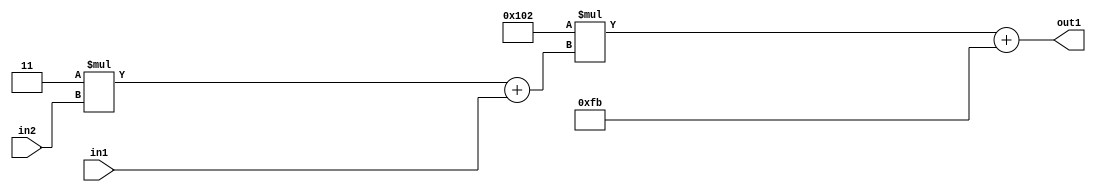
`timescale 1ps / 1ps
/*****************************************************************************
    Verilog RTL Description
    
    
    Created by: Stratus DpOpt 2019.1.01 
*******************************************************************************/

module DC_Filter_Add2i251Mul2i258Add2u1Mul2i3u2_4 (
	in2,
	in1,
	out1
	); /* architecture "behavioural" */ 
input [1:0] in2;
input  in1;
output [11:0] out1;
wire [11:0] asc001;
wire [3:0] asc002;

wire [3:0] asc002_tmp_0;
assign asc002_tmp_0 = 
	+(4'B0011 * in2);
assign asc002 = asc002_tmp_0
	+(in1);

wire [11:0] asc001_tmp_1;
assign asc001_tmp_1 = 
	+(12'B000100000010 * asc002);
assign asc001 = asc001_tmp_1
	+(12'B000011111011);

assign out1 = asc001;
endmodule

/* CADENCE  v7X2TAk= : u9/ySgnWtBlWxVPRXgAZ4Og= ** DO NOT EDIT THIS LINE ******/